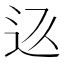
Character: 𲅏